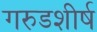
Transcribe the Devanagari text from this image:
गरुडशीर्ष